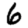
Digit: 6